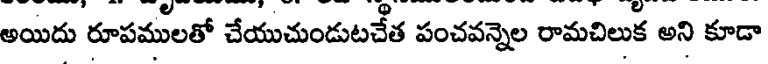
అయిదు రూపములతో చేయుచుండుటచేత పంచవన్నెల రామచిలుక అని కూడా